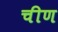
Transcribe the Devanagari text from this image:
चीण